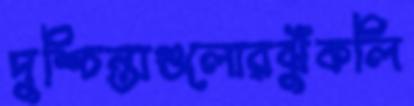
দুশ্চিন্তাগুলোরঝুঁকলি